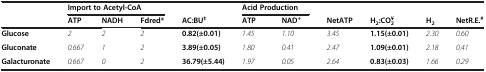
<table><thead><tr><td></td><td colspan="3"><b>Import to Acetyl-CoA</b></td><td></td><td colspan="2"><b>Acid Production</b></td><td></td><td></td><td></td><td></td></tr><tr><td></td><td><b>ATP</b></td><td><b>NADH</b></td><td><b>Fdred*</b></td><td><b>AC:BU<sup>‡</sup></b></td><td><b>ATP</b></td><td><b>NAD<sup>+</sup></b></td><td><b>NetATP</b></td><td><b>H<sub>2</sub>:CO<sub>2</sub><sup>¥</sup></b></td><td><b>H<sub>2</sub></b></td><td><b>NetR.E.<sup>#</sup></b></td></tr></thead><tbody><tr><td><b>Glucose</b></td><td><i>2</i></td><td><i>2</i></td><td><i>2</i></td><td><b>0.82(±0.01)</b></td><td><i>1.45</i></td><td><i>1.10</i></td><td><i>3.45</i></td><td><b>1.15(±0.01)</b></td><td><i>2.30</i></td><td><i>0.60</i></td></tr><tr><td><b>Gluconate</b></td><td><i>0.667</i></td><td><i>1</i></td><td><i>2</i></td><td><b>3.89(±0.05)</b></td><td><i>1.80</i></td><td><i>0.41</i></td><td><i>2.47</i></td><td><b>1.09(±0.01)</b></td><td><i>2.18</i></td><td><i>0.41</i></td></tr><tr><td><b>Galacturonate</b></td><td><i>0.667</i></td><td><i>0</i></td><td><i>2</i></td><td><b>36.79(±5.44)</b></td><td><i>1.97</i></td><td><i>0.05</i></td><td><i>2.64</i></td><td><b>0.83(±0.03)</b></td><td><i>1.66</i></td><td><i>0.29</i></td></tr></tbody></table>